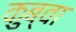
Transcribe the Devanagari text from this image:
कुब्वा